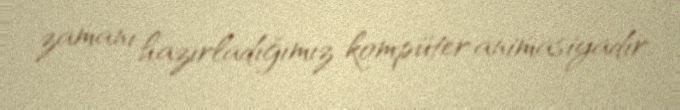
zamanı hazırladığımız kompüter animasiyadır.